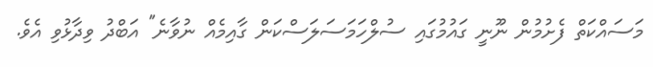
މަސައްކަތް ފެށުމުން ނޫނީ ގައުމުގައި ސުލްހަމަސަލަސްކަން ގާއިމެއް ނުވާނެ" އަބްދު ވިދާޅުވި އެވެ.